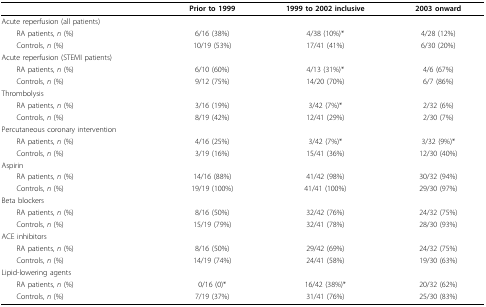
<table><thead><tr><td></td><td><b>Prior to 1999</b></td><td><b>1999 to 2002 inclusive</b></td><td><b>2003 onward</b></td></tr></thead><tbody><tr><td>Acute reperfusion (all patients)</td><td></td><td></td><td></td></tr><tr><td> RA patients, <i>n </i>(%)</td><td>6/16 (38%)</td><td>4/38 (10%)*</td><td>4/28 (12%)</td></tr><tr><td> Controls, <i>n </i>(%)</td><td>10/19 (53%)</td><td>17/41 (41%)</td><td>6/30 (20%)</td></tr><tr><td>Acute reperfusion (STEMI patients)</td><td></td><td></td><td></td></tr><tr><td> RA patients, <i>n </i>(%)</td><td>6/10 (60%)</td><td>4/13 (31%)*</td><td>4/6 (67%)</td></tr><tr><td> Controls, <i>n </i>(%)</td><td>9/12 (75%)</td><td>14/20 (70%)</td><td>6/7 (86%)</td></tr><tr><td>Thrombolysis</td><td></td><td></td><td></td></tr><tr><td> RA patients, <i>n </i>(%)</td><td>3/16 (19%)</td><td>3/42 (7%)*</td><td>2/32 (6%)</td></tr><tr><td> Controls, <i>n </i>(%)</td><td>8/19 (42%)</td><td>12/41 (29%)</td><td>2/30 (7%)</td></tr><tr><td>Percutaneous coronary intervention</td><td></td><td></td><td></td></tr><tr><td> RA patients, <i>n </i>(%)</td><td>4/16 (25%)</td><td>3/42 (7%)*</td><td>3/32 (9%)*</td></tr><tr><td> Controls, <i>n </i>(%)</td><td>3/19 (16%)</td><td>15/41 (36%)</td><td>12/30 (40%)</td></tr><tr><td>Aspirin</td><td></td><td></td><td></td></tr><tr><td> RA patients, <i>n </i>(%)</td><td>14/16 (88%)</td><td>41/42 (98%)</td><td>30/32 (94%)</td></tr><tr><td> Controls, <i>n </i>(%)</td><td>19/19 (100%)</td><td>41/41 (100%)</td><td>29/30 (97%)</td></tr><tr><td>Beta blockers</td><td></td><td></td><td></td></tr><tr><td> RA patients, <i>n </i>(%)</td><td>8/16 (50%)</td><td>32/42 (76%)</td><td>24/32 (75%)</td></tr><tr><td> Controls, <i>n </i>(%)</td><td>15/19 (79%)</td><td>32/41 (78%)</td><td>28/30 (93%)</td></tr><tr><td>ACE inhibitors</td><td></td><td></td><td></td></tr><tr><td> RA patients, <i>n </i>(%)</td><td>8/16 (50%)</td><td>29/42 (69%)</td><td>24/32 (75%)</td></tr><tr><td> Controls, <i>n </i>(%)</td><td>14/19 (74%)</td><td>24/41 (58%)</td><td>19/30 (63%)</td></tr><tr><td>Lipid-lowering agents</td><td></td><td></td><td></td></tr><tr><td> RA patients, <i>n </i>(%)</td><td>0/16 (0)*</td><td>16/42 (38%)*</td><td>20/32 (62%)</td></tr><tr><td> Controls, <i>n </i>(%)</td><td>7/19 (37%)</td><td>31/41 (76%)</td><td>25/30 (83%)</td></tr></tbody></table>